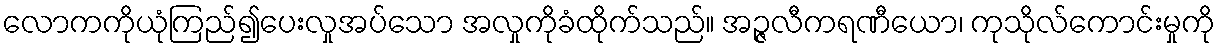
လောကကိုယုံကြည်၍ပေးလှုအပ်သော အလှုကိုခံထိုက်သည်။ အဉ္ဇလီကရဏီယော၊ ကုသိုလ်ကောင်းမှုကို